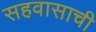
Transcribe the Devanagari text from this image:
सहवासाची